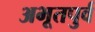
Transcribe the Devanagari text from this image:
अभूतपुर्व